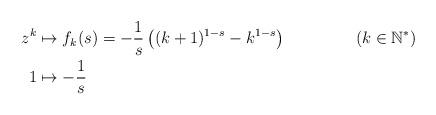
LaTeX: \begin{align*} z^k &\mapsto f_k(s)=- \frac{1}{s} \left( (k+1)^{1-s} - k^{1-s}\right) && (k \in \mathbb{N^*}) \\1 &\mapsto -\frac{1}{s}\end{align*}